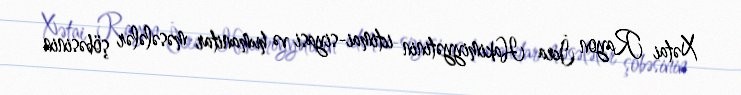
Xətai Rayon İcra Hakimiyyətinin ictimai-siyasi və humanitar məsələlər şöbəsinin